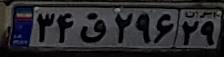
۳۴ق۲۹۶۲۹